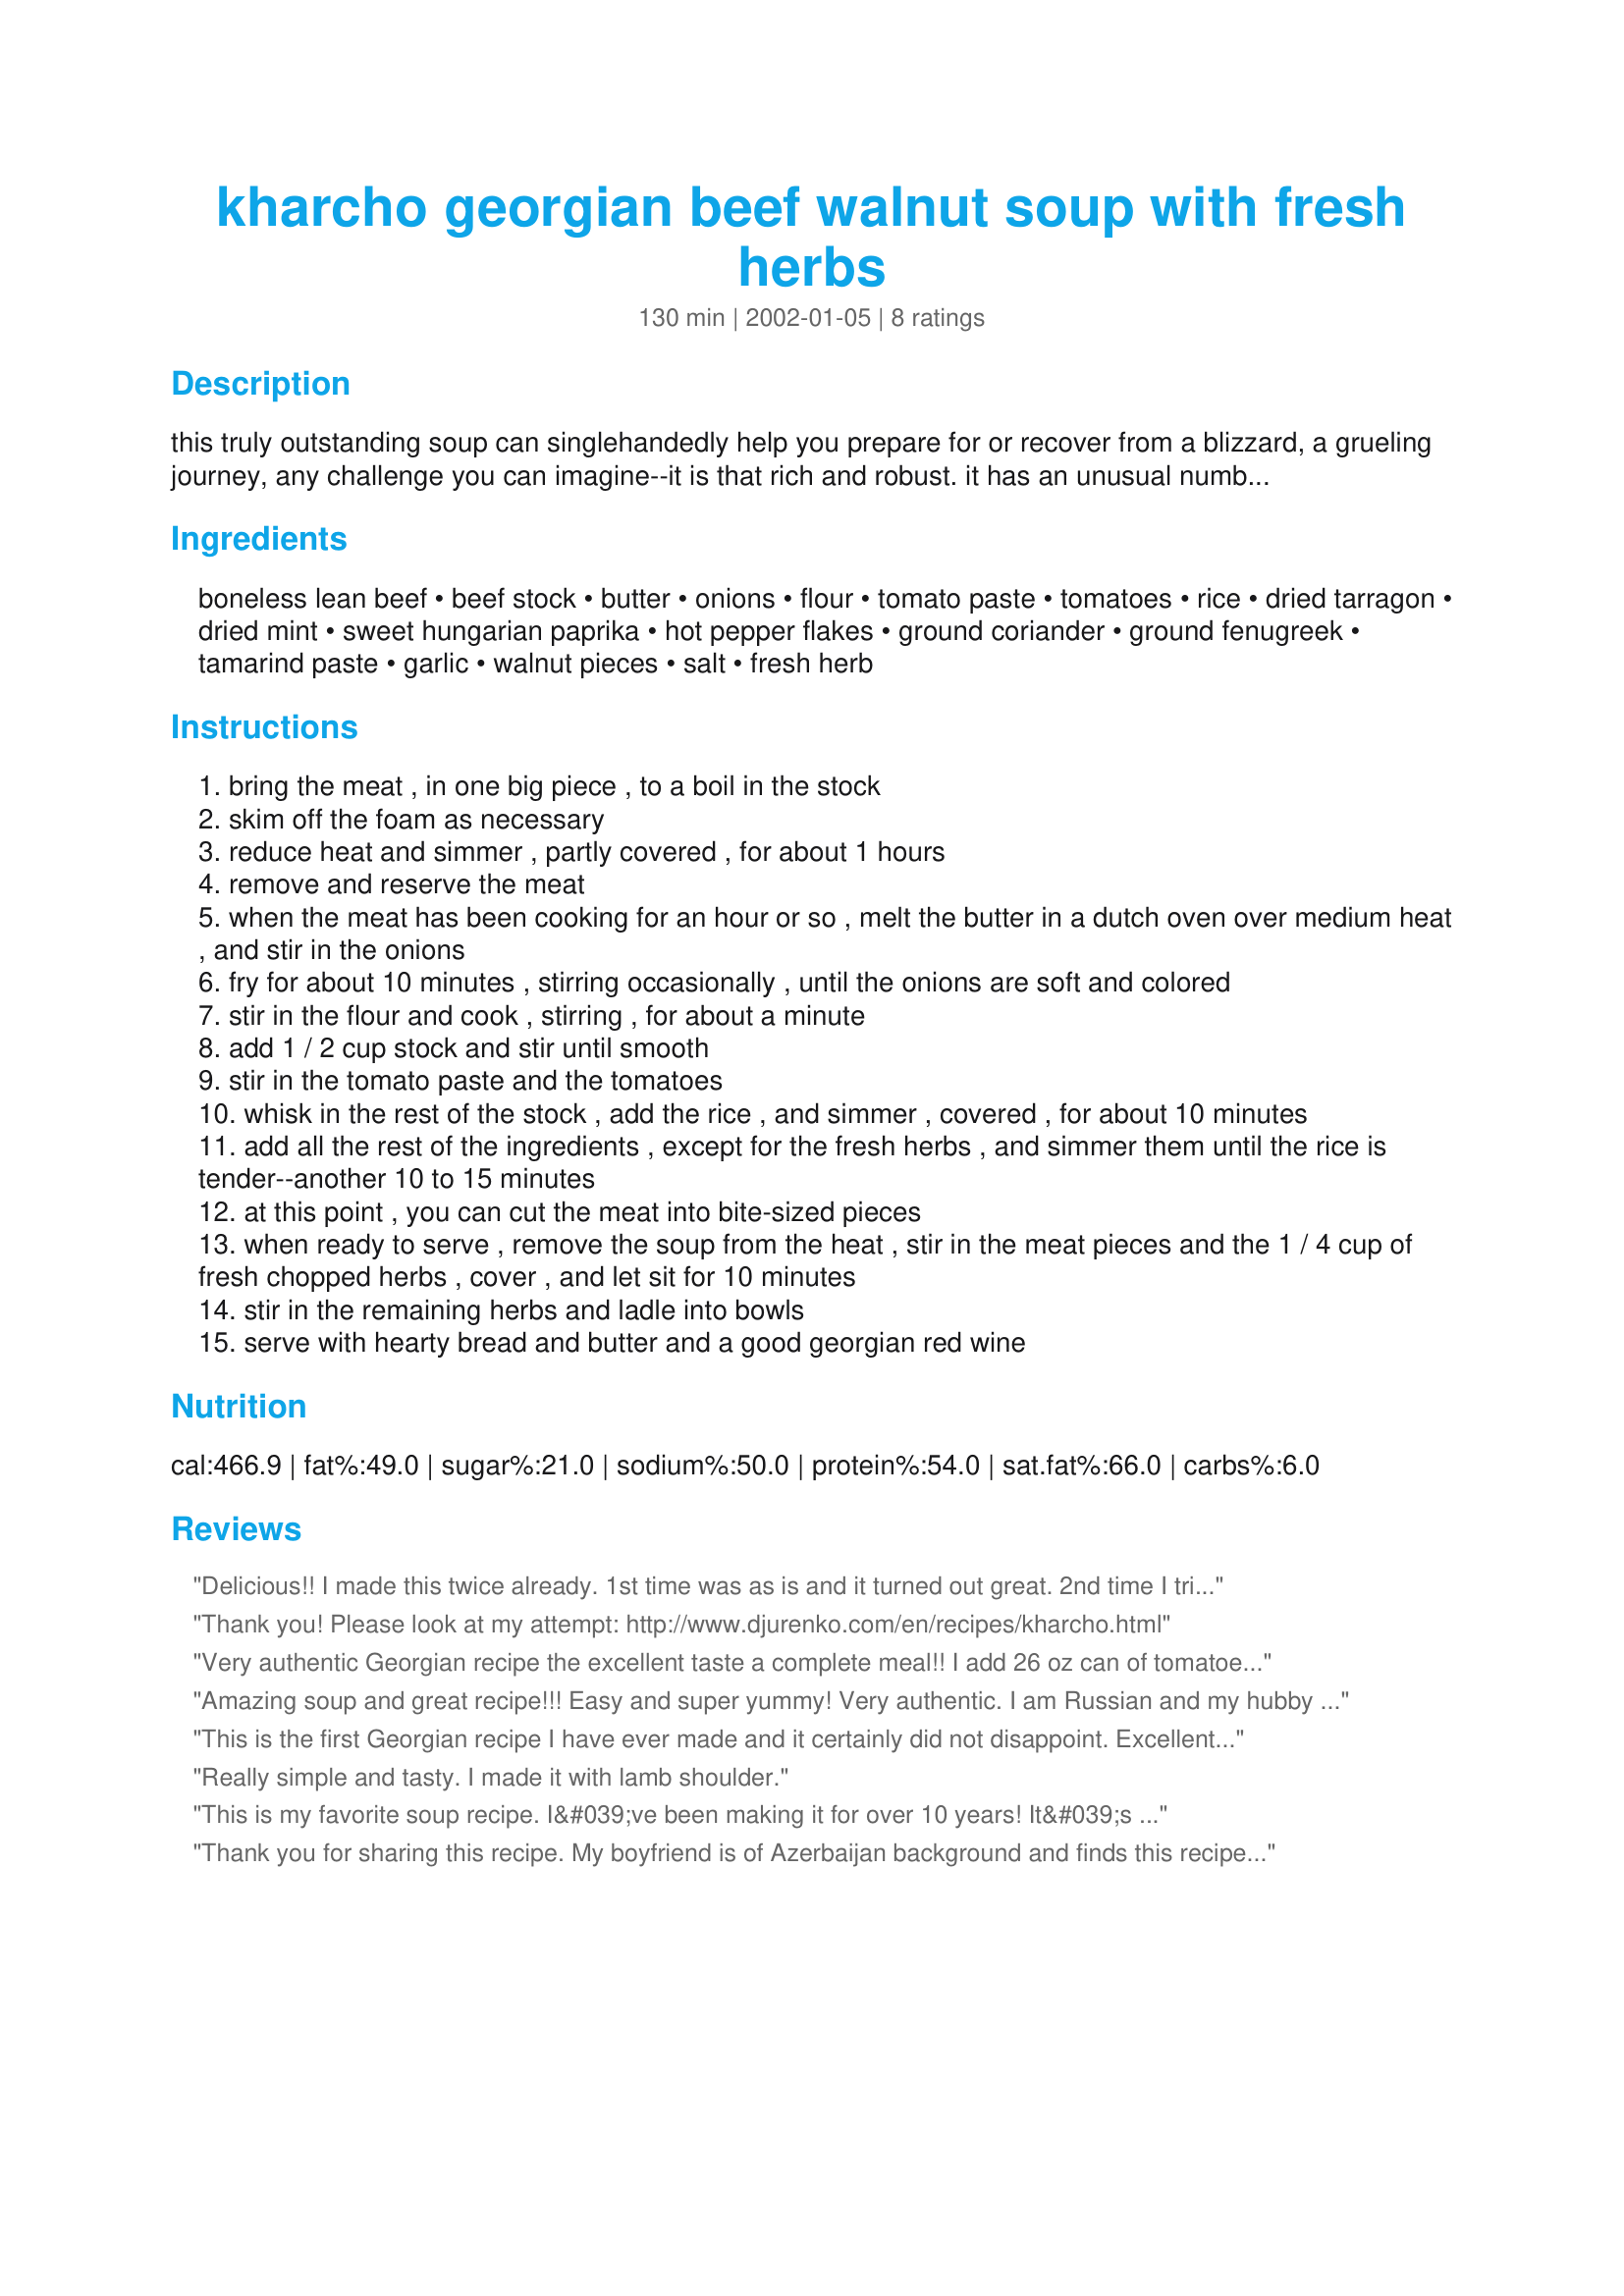
kharcho georgian beef walnut soup with fresh herbs
Preparation time: 130 minutes

this truly outstanding soup can singlehandedly help you prepare for or recover from a blizzard, a grueling journey, any challenge you can imagine--it is that rich and robust. it has an unusual number of herbs and flavorings; these create an exotic but not offputting taste and texture. i recommend it highly. serve hot as a meal to 6-8 people.

Ingredients:
boneless lean beef, beef stock, butter, onions, flour, tomato paste, tomatoes, rice, dried tarragon, dried mint, sweet hungarian paprika, hot pepper flakes, ground coriander, ground fenugreek, tamarind paste, garlic, walnut pieces, salt, fresh herb

Steps:
bring the meat , in one big piece , to a boil in the stock
skim off the foam as necessary
reduce heat and simmer , partly covered , for about 1 hours
remove and reserve the meat
when the meat has been cooking for an hour or so , melt the butter in a dutch oven over medium heat , and stir in the onions
fry for about 10 minutes , stirring occasionally , until the onions are soft and colored
stir in the flour and cook , stirring , for about a minute
add 1 / 2 cup stock and stir until smooth
stir in the tomato paste and the tomatoes
whisk in the rest of the stock , add the rice , and simmer , covered , for about 10 minutes
add all the rest of the ingredients , except for the fresh herbs , and simmer them until the rice is tender--another 10 to 15 minutes
at this point , you can cut the meat into bite-sized pieces
when ready to serve , remove the soup from the heat , stir in the meat pieces and the 1 / 4 cup of fresh chopped herbs , cover , and let sit for 10 minutes
stir in the remaining herbs and ladle into bowls
serve with hearty bread and butter and a good georgian red wine

Reviews:
Delicious!! I made this twice already. 1st time was as is and it turned out great. 2nd time I tried with chicken for a low cal / lighter soup and omitted butter, flour and walnuts and added a bit of lemon juice. It was light and full of flavor . I will make again.
Thank you! Please look at my attempt: http://www.djurenko.com/en/recipes/kharcho.html
Very authentic Georgian recipe the excellent taste a complete meal!! I add 26 oz can of tomatoes instead of 16
Amazing soup and great recipe!!! Easy and super yummy! Very authentic. I am Russian and my hubby is Australian (Croatian background) We LOVE IT! Great for freezer as well!
This is the first Georgian recipe I have ever made and it certainly did not disappoint. Excellent flavor, easy to follow recipe. Looking forward to make more Georgian recipes if they match this one in taste.
Really simple and tasty. I made it with lamb shoulder.
This is my favorite soup recipe. I&#039;ve been making it for over 10 years! It&#039;s traditional, as I learned from my Russian foreign exchange student. I usually substitute the beef for lamb and I use chicken broth (since that&#039;s usually what I have on hand). It should be rich, tart and full of flavor.
Thank you for sharing this recipe. My boyfriend is of Azerbaijan background and finds this recipe authentic! I substituted with lamb and very much enjoyed adding the tamarind! Absolutely loved it.. needless to say I had all of 5 servings :)
